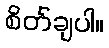
စိတ်ချပါ။